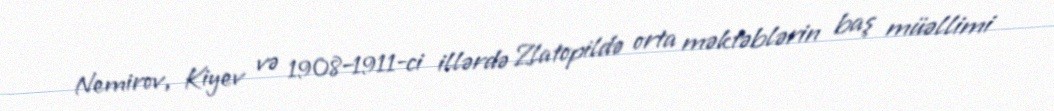
Nemirov, Kiyev və 1908–1911-ci illərdə Zlatopildə orta məktəblərin baş müəllimi